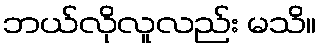
ဘယ်လိုလူလည်း မသိ။